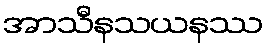
အာသီနသယနဿ